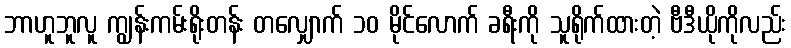
ဘာဟူဘူလူ ကျွန်းကမ်းရိုးတန်း တလျှောက် ၁၀ မိုင်လောက် ခရီးကို သူရိုက်ထားတဲ့ ဗီဒီယိုကိုလည်း